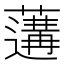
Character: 𦾼